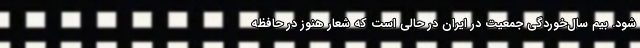
شود. بیم سال‌خوردگی جمعیت در ایران در حالی است که شعار هنوز در حافظه